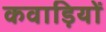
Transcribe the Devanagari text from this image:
कवाड़ियों